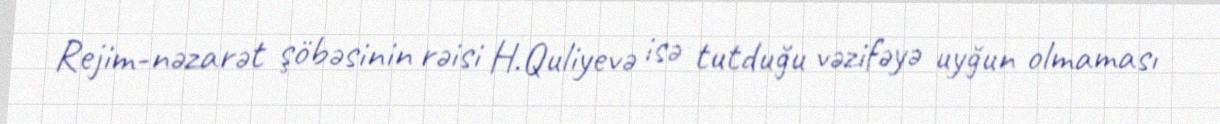
Rejim-nəzarət şöbəsinin rəisi H.Quliyevə isə tutduğu vəzifəyə uyğun olmaması